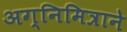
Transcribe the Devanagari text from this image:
अग्निमित्राने